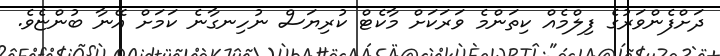
ދަށްފެންވަރުގެ ފިލްމެއް ކިތަންމެ ވަރަކަށް މާކެޓް ކުރިޔަސް ނުހިނގާނެ ކަމަށް އޭނާ ބުންޏެވެ.